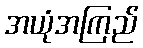
အယုံအကြည်